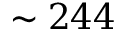
\sim 2 4 4